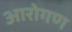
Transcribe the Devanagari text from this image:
आरोगण